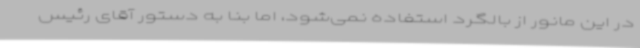
در این مانور از بالگرد استفاده نمی‌شود، اما بنا به دستور آقای رئیس